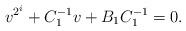
LaTeX: \begin{align*} v^{2^i}+ C_1^{-1}v+B_1 C_1^{-1} = 0.\end{align*}